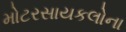
મોટરસાયકલોના